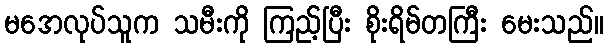
မအေလုပ်သူက သမီးကို ကြည့်ပြီး စိုးရိမ်တကြီး မေးသည်။